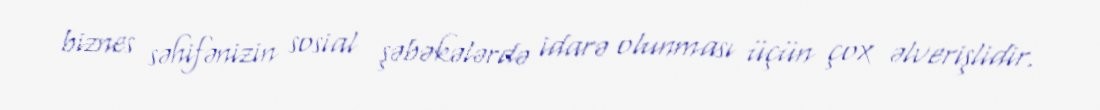
biznes səhifənizin sosial şəbəkələrdə idarə olunması üçün çox əlverişlidir.